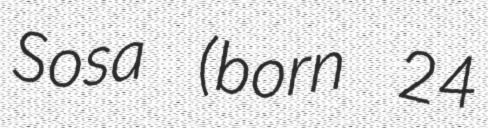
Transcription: Sosa (born 24